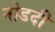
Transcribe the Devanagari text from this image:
नोडदी